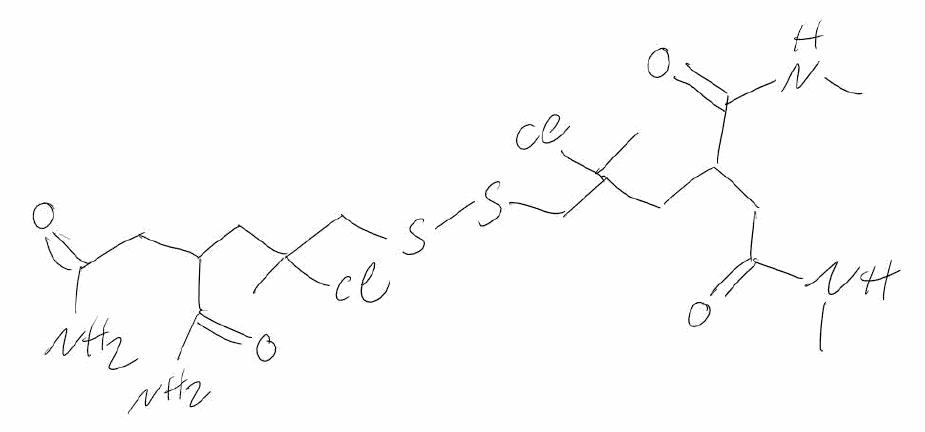
Simplified molecular-input line-entry system (SMILES) notation of the given molecule:
CC(CC(CC(=O)N)C(=O)N)(CSSCC(C)(CC(CC(=O)NC)C(=O)NC)Cl)Cl